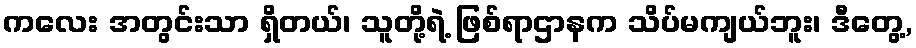
ကလေး အတွင်းသာ ရှိတယ်၊ သူတို့ရဲ့ ဖြစ်ရာဌာနက သိပ်မကျယ်ဘူး၊ ဒီတွေ့,